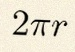
2\pi r